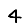
Digit: 4